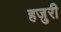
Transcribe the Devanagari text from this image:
हजुरी